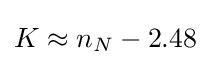
K\approx n_{N}-2.48